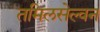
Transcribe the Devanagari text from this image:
तमिलसेल्वन